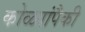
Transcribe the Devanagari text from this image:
कोळ्यांपैकी